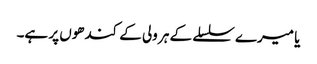
یا میرے سلسلے کے ہر ولی کے کندھوں پر ہے۔